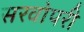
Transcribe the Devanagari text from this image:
सरवोपरी